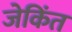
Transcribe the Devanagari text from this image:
जेकिंत